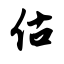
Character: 估